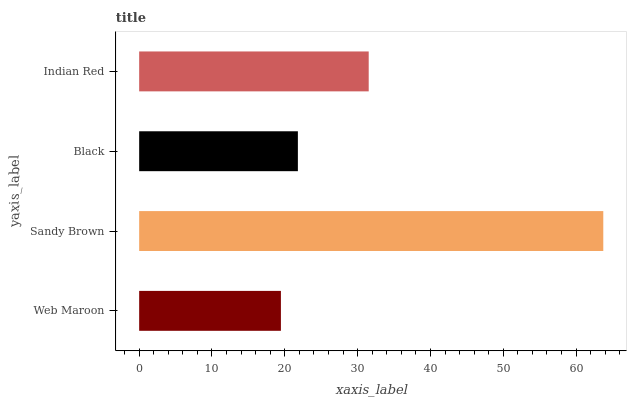
| yaxis_label | bars |
 | --- | --- |
 | Web Maroon | 19.5 |
 | Sandy Brown | 63.7 |
 | Black | 21.8 |
 | Indian Red | 31.5 |